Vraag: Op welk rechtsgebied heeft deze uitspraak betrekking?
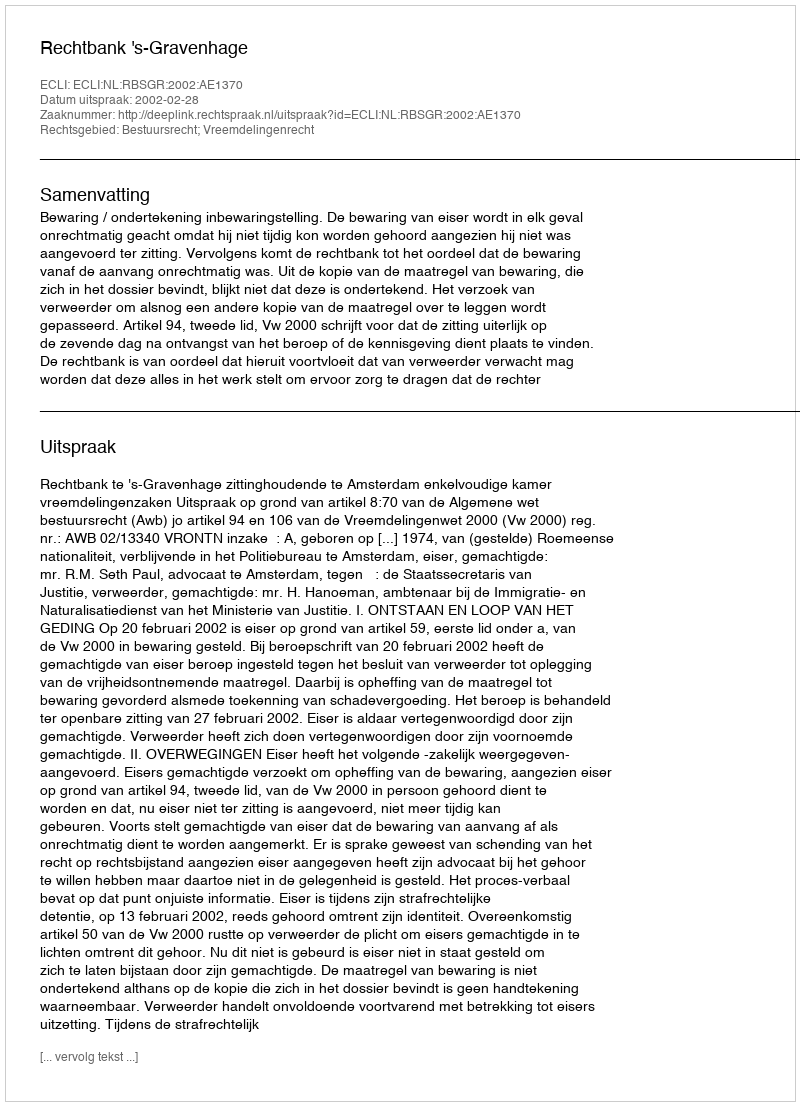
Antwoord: Bestuursrecht; Vreemdelingenrecht